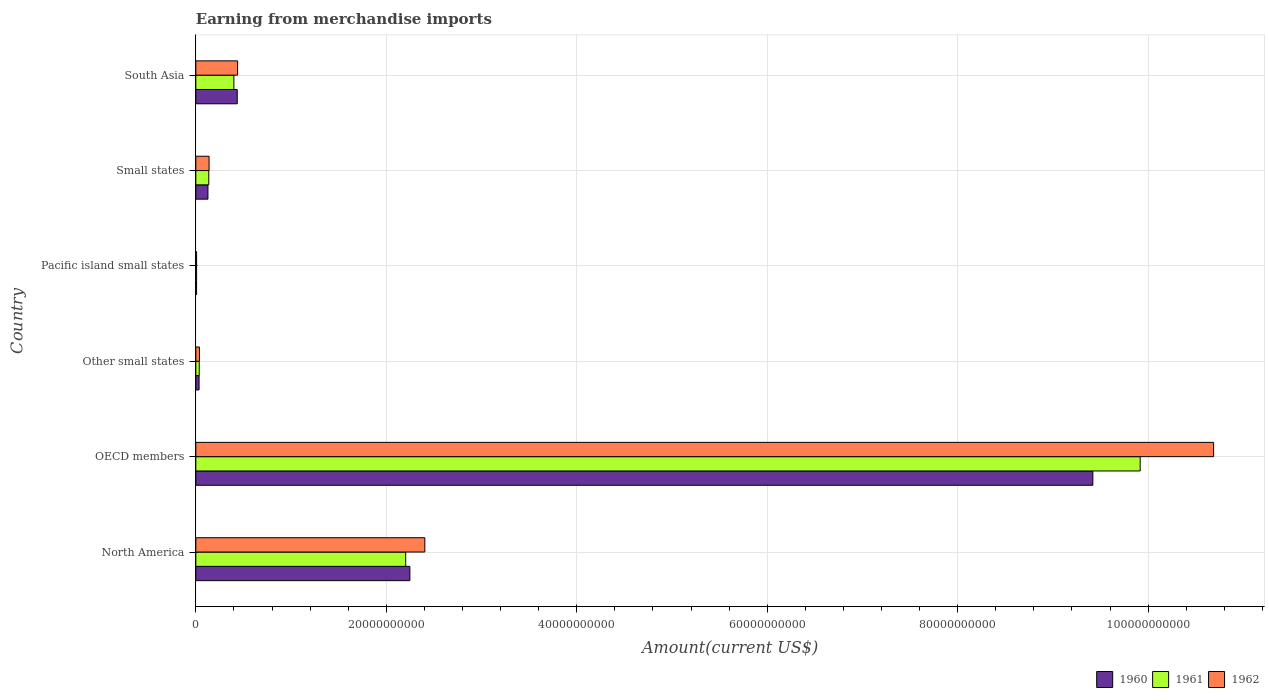
| Country | 1960 | 1961 | 1962 |
 | --- | --- | --- | --- |
 | North America | 2.25e+10 | 2.2e+10 | 2.4e+10 |
 | OECD members | 9.42e+10 | 9.92e+10 | 1.07e+11 |
 | Other small states | 3.42e+08 | 3.58e+08 | 3.8e+08 |
 | Pacific island small states | 7.79e+07 | 8.07e+07 | 8.11e+07 |
 | Small states | 1.27e+09 | 1.36e+09 | 1.39e+09 |
 | South Asia | 4.35e+09 | 4e+09 | 4.38e+09 |